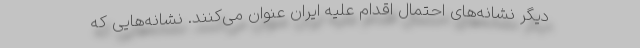
دیگر نشانه‌های احتمال اقدام علیه ایران عنوان می‌کنند. نشانه‌هایی که